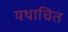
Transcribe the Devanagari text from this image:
यथाचित